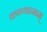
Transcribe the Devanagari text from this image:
काव्यानाम्